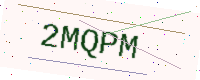
Text: 2MQPM